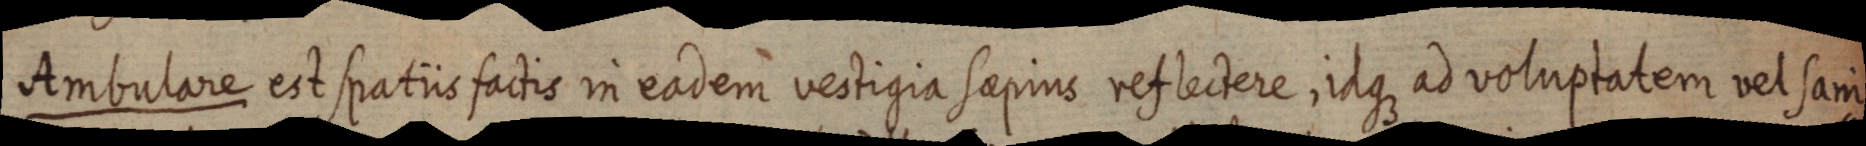
Ambulare est spatiis factis in eadem vestigia sapius reflectere, idque ad voluptatem vel sani